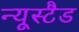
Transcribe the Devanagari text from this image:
न्यूस्टैड